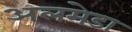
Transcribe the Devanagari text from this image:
अलमेडा